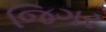
જિગર